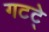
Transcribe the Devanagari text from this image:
गटटे्